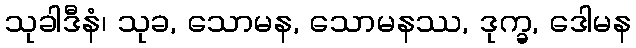
သုခါဒီနံ၊ သုခ, သောမန, သောမနဿ, ဒုက္ခ, ဒေါမန